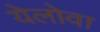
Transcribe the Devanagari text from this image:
येलोवा